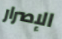
الإصرار